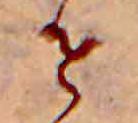
せ